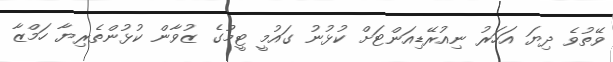
ވޭތުވެ ދިޔަ އަހަރު ނިއުރޭޑިއަންޓަށް ކުޅުނު ގައުމީ ޓީމުގެ ޒުވާން ކުޅުންތެރިޔާ ހަމްޒާ